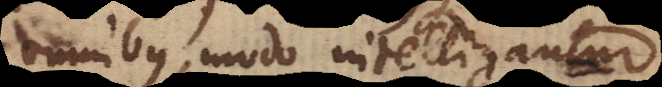
omnibus, modo intelligantur,